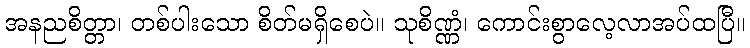
အနညစိတ္တာ၊ တစ်ပါးသော စိတ်မရှိစေပဲ။ သုစိဏ္ဏံ၊ ကောင်းစွာလေ့လာအပ်ထပြီ။